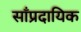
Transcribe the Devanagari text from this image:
साँप्रदायिक